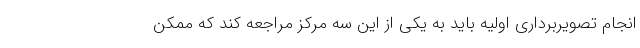
انجام تصویربرداری اولیه باید به یکی از این سه مرکز مراجعه کند که ممکن